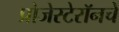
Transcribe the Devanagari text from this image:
प्रोजेस्टेरॉनचे